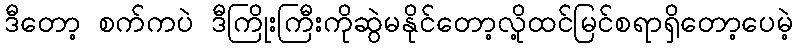
ဒီတော့ စက်ကပဲ ဒီကြိုးကြီးကိုဆွဲမနိုင်တော့လို့ထင်မြင်စရာရှိတော့ပေမဲ့